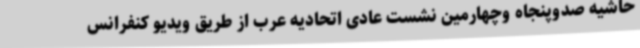
حاشیه صدوپنجاه وچهارمین نشست عادی اتحادیه عرب از طریق ویدیو کنفرانس